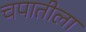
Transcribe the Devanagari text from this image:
चपातीला